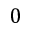
0